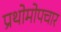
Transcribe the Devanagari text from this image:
प्रथोमोपचार